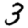
Digit: 3